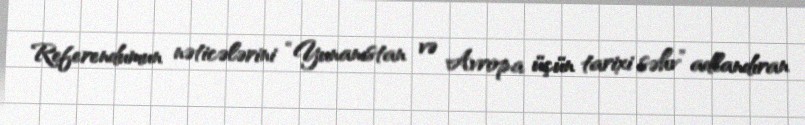
Referendumun nəticələrini “Yunanıstan və Avropa üçün tarixi səhv” adlandıran